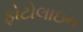
ફોટોલાઇન